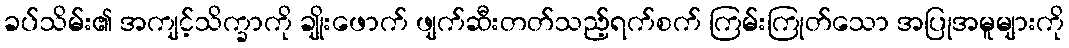
ခပ်သိမ်း၏ အကျင့်သိက္ခာကို ချိုးဖောက် ဖျက်ဆီးတတ်သည့်ရက်စက် ကြမ်းကြုတ်သော အပြုအမူများကို